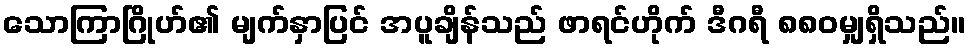
သောကြာဂြိုဟ်၏ မျက်နှာပြင် အပူချိန်သည် ဖာရင်ဟိုက် ဒီဂရီ ၈၈၀မျှရှိသည်။